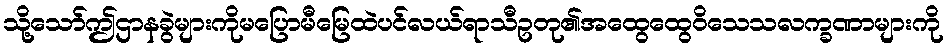
သို့သော်ဤဌာနခွဲများကိုမပြောမီမြေထဲပင်လယ်ရာသီဥတု၏အထွေထွေဝိသေသလက္ခဏာများကို